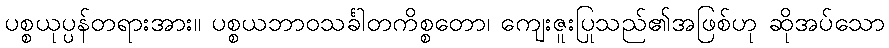
ပစ္စယုပ္ပန်တရားအား။ ပစ္စယဘာဝသင်္ခါတကိစ္စတော၊ ကျေးဇူးပြုသည်၏အဖြစ်ဟု ဆိုအပ်သော